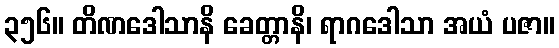
၃၅၆။ တိဏဒေါသာနိ ခေတ္တာနိ၊ ရာဂဒေါသာ အယံ ပဇာ။